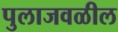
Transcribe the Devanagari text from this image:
पुलाजवळील